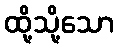
ထို့သို့သော